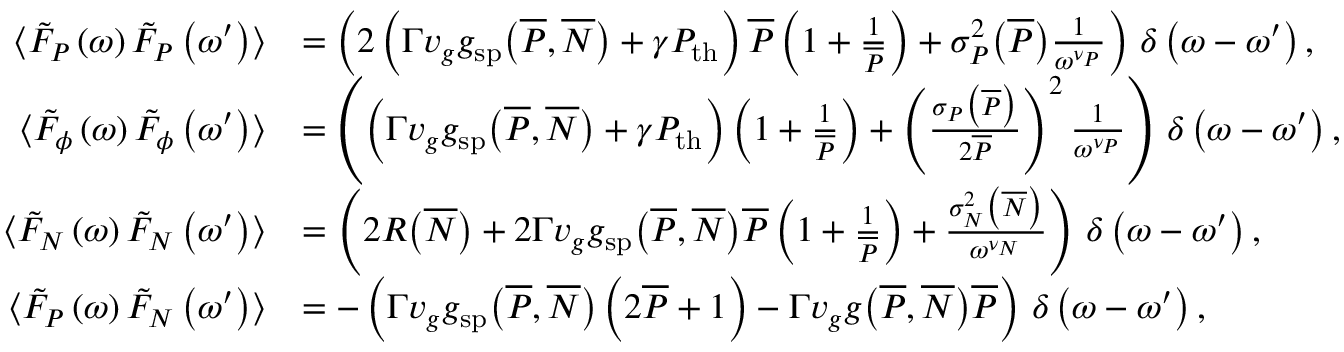
\begin{array} { r } { \begin{array} { r l } { \langle \tilde { F } _ { P } \left( \omega \right) \tilde { F } _ { P } \left( \omega ^ { \prime } \right) \rangle } & { = \left( 2 \left( \Gamma v _ { g } g _ { \mathrm { s p } } \big ( \overline { { P } } , \overline { { N } } \big ) + \gamma P _ { \mathrm { t h } } \right) \overline { { P } } \left( 1 + \frac { 1 } { \overline { { P } } } \right) + \sigma _ { P } ^ { 2 } \big ( \overline { { P } } \big ) \frac { 1 } { \omega ^ { \nu _ { P } } } \right) \, \delta \left( \omega - \omega ^ { \prime } \right) , } \\ { \langle \tilde { F } _ { \phi } \left( \omega \right) \tilde { F } _ { \phi } \left( \omega ^ { \prime } \right) \rangle } & { = \left( \left( \Gamma v _ { g } g _ { \mathrm { s p } } \big ( \overline { { P } } , \overline { { N } } \big ) + \gamma P _ { \mathrm { t h } } \right) \left( 1 + \frac { 1 } { \overline { { P } } } \right) + \left( \frac { \sigma _ { P } \big ( \overline { { P } } \big ) } { 2 \overline { { P } } } \right) ^ { 2 } \frac { 1 } { \omega ^ { \nu _ { P } } } \right) \, \delta \left( \omega - \omega ^ { \prime } \right) , } \\ { \langle \tilde { F } _ { N } \left( \omega \right) \tilde { F } _ { N } \left( \omega ^ { \prime } \right) \rangle } & { = \left( 2 R \big ( \overline { { N } } \big ) + 2 \Gamma v _ { g } g _ { \mathrm { s p } } \big ( \overline { { P } } , \overline { { N } } \big ) \overline { { P } } \left( 1 + \frac { 1 } { \overline { { P } } } \right) + \frac { \sigma _ { N } ^ { 2 } \big ( \overline { { N } } \big ) } { \omega ^ { \nu _ { N } } } \right) \, \delta \left( \omega - \omega ^ { \prime } \right) , } \\ { \langle \tilde { F } _ { P } \left( \omega \right) \tilde { F } _ { N } \left( \omega ^ { \prime } \right) \rangle } & { = - \left( \Gamma v _ { g } g _ { \mathrm { s p } } \big ( \overline { { P } } , \overline { { N } } \big ) \left( 2 \overline { { P } } + 1 \right) - \Gamma v _ { g } g \big ( \overline { { P } } , \overline { { N } } \big ) \overline { { P } } \right) \, \delta \left( \omega - \omega ^ { \prime } \right) , } \end{array} } \end{array}